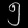
Digit: ၅